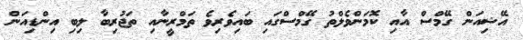
އޭޝިއަން ގޭމްސް އާއި ކޮމަންވެލްތު ގޭމްސްގައި ބައިވެރިވެ ތަމްރީނާއި ތަޖުރިބާ ލިބި އިންޑިއަން